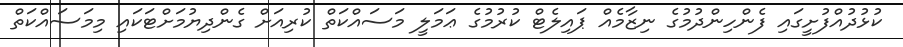
ކުޅުދުއްފުށީގައި ފެންހިންދުމުގެ ނިޒާމެއް ޕައިލެޓް ކުރުމުގެ ޢަމަލީ މަސައްކަތް ކުރިއަށް ގެންދިޔުމަށްޓަކައި މިމަސައްކަތް